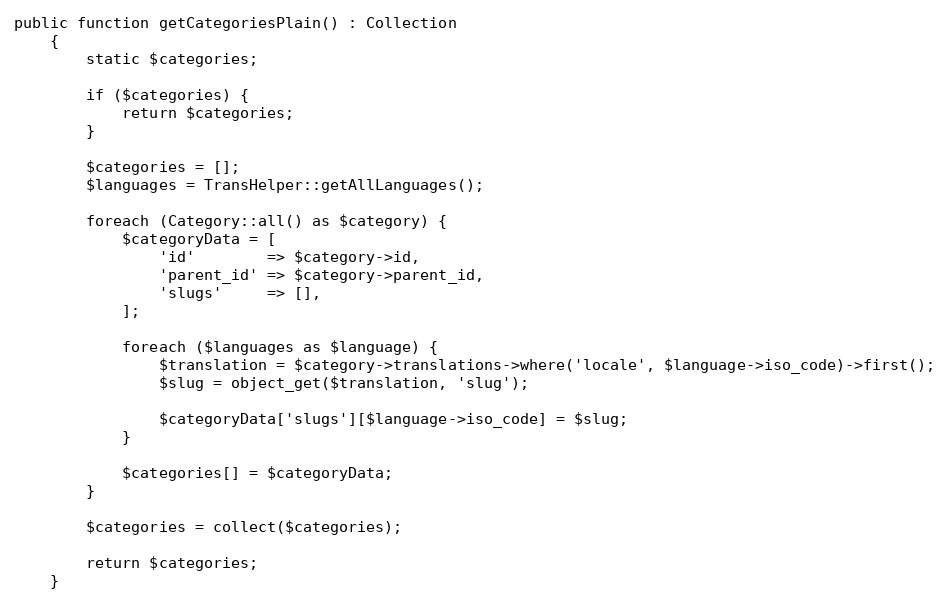
Language: PHP
public function getCategoriesPlain() : Collection
    {
        static $categories;

        if ($categories) {
            return $categories;
        }

        $categories = [];
        $languages = TransHelper::getAllLanguages();

        foreach (Category::all() as $category) {
            $categoryData = [
                'id'        => $category->id,
                'parent_id' => $category->parent_id,
                'slugs'     => [],
            ];

            foreach ($languages as $language) {
                $translation = $category->translations->where('locale', $language->iso_code)->first();
                $slug = object_get($translation, 'slug');

                $categoryData['slugs'][$language->iso_code] = $slug;
            }

            $categories[] = $categoryData;
        }

        $categories = collect($categories);

        return $categories;
    }